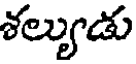
శల్యుడు